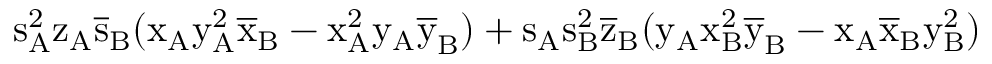
\mathrm { s _ { A } ^ { 2 } \mathrm { z _ { A } \mathrm { \overline { { s } } _ { B } ( \mathrm { x _ { A } \mathrm { y _ { A } ^ { 2 } \mathrm { \overline { { x } } _ { B } - \mathrm { x _ { A } ^ { 2 } \mathrm { y _ { A } \mathrm { \overline { { y } } _ { B } ) + \mathrm { s _ { A } \mathrm { s _ { B } ^ { 2 } \mathrm { \overline { { z } } _ { B } ( \mathrm { y _ { A } \mathrm { x _ { B } ^ { 2 } \mathrm { \overline { { y } } _ { B } - \mathrm { x _ { A } \mathrm { \overline { { x } } _ { B } \mathrm { y _ { B } ^ { 2 } ) } } } } } } } } } } } } } } } } } }